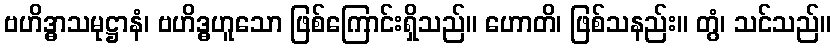
ဗဟိဒ္ဓာသမုဋ္ဌာနံ၊ ဗဟိဒ္ဓဟူသော ဖြစ်ကြောင်းရှိသည်။ ဟောတိ၊ ဖြစ်သနည်း။ တွံ၊ သင်သည်။